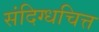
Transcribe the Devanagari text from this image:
संदिग्धचित्त